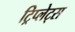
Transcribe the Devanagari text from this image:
ट्रिप्लेट्स